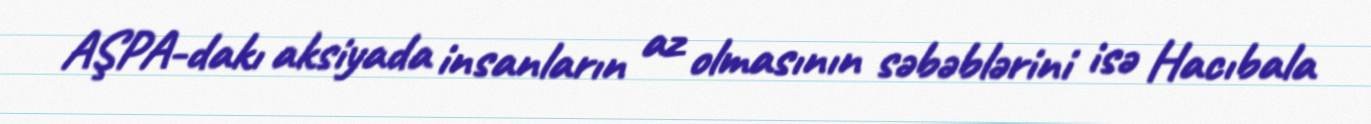
AŞPA-dakı aksiyada insanların az olmasının səbəblərini isə Hacıbala